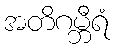
အတိဂမ္ဘီရံ